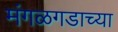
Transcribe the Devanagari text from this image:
मंगळगडाच्या